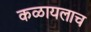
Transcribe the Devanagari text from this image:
कळायलाच